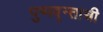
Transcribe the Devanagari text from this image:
पुष्पवृन्ताची